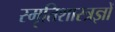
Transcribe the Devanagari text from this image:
स्मृतिशास्त्रज्ञों